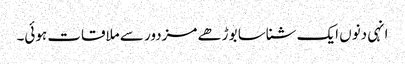
انہی دنوں ایک شناسا بوڑھے مزدور سے ملاقات ہوئی۔